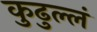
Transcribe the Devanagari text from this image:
कुढुल्लं